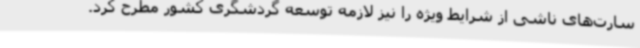
سارت‌های ناشی از شرایط ویژه را نیز لازمه توسعه گردشگری کشور مطرح کرد.